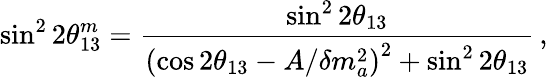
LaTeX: \sin^{2}2\theta_{13}^{m}={\frac{\sin^{2}2\theta_{13}}{\left(\cos 2\theta_{13}-A/\delta m_{a}^{2}\right)^{2}+\sin^{2}2\theta_{13}}}\, ,